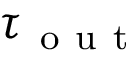
\tau _ { \mathrm { ~ o ~ u ~ t ~ } }